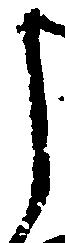
し